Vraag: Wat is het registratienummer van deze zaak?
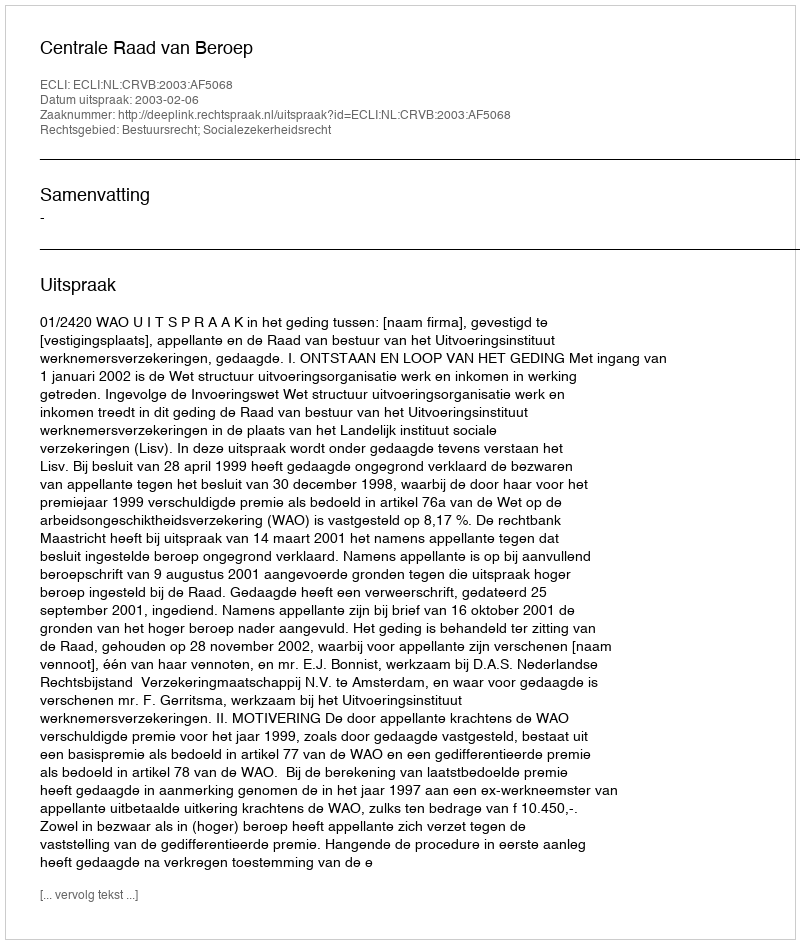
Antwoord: http://deeplink.rechtspraak.nl/uitspraak?id=ECLI:NL:CRVB:2003:AF5068